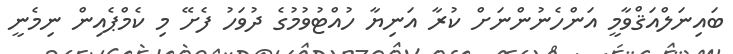
ބައިނަލްއަޤްވާމީ އަންހެނުންނަށް ކުރާ އަނިޔާ ހުއްޓުވުމުގެ ދުވަހު ފެށޭ މި ކެމްޕެއިން ނިމެނީ